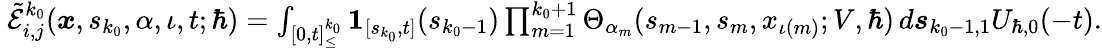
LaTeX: \begin{array}{r}{\ \tilde{\mathcal{E}}_{i,j}^{k_{0}}(\boldsymbol{x},s_{k_{0}},\alpha,\iota,t;\hbar)=\int_{[0,t]_{\leq}^{k_{0}}}\boldsymbol{1}_{[s_{k_{0}},t]}(s_{k_{0}-1})\prod_{m=1}^{k_{0}+1}\Theta_{\alpha_{m}}(s_{m-1},{s}_{m},x_{\iota(m)};V,\hbar)\, d\boldsymbol{s}_{k_{0}-1,1}U_{\hbar,0}(-t).}\end{array}